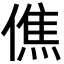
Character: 僬